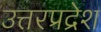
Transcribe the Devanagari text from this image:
उत्तरप्रद्रेश